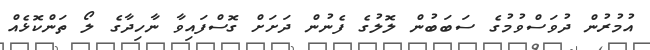
އުމުރުން ދުވަސްވުމުގެ ސަބަބުން ލޮލުގެ ފެނުން ދަށަށް ގޮސްފައިވާ ނާހިދާގެ ލޯ ތަންކޮޅެއް